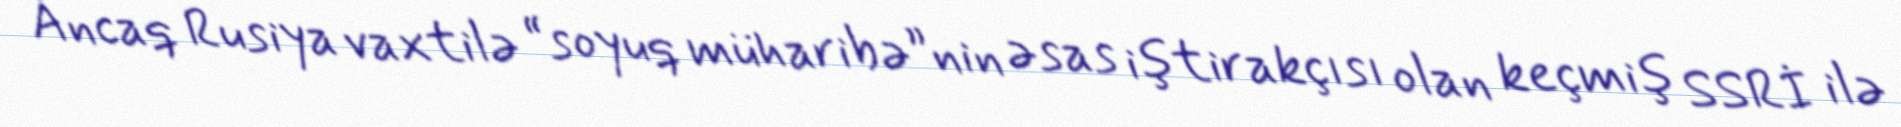
Ancaq Rusiya vaxtilə “soyuq müharibə”nin əsas iştirakçısı olan keçmiş SSRİ ilə